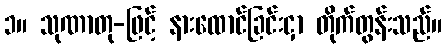
၁။ သုဏာတု-ဖြင့် နားထောင်ခြင်းငှာ တိုက်တွန်းသည်။